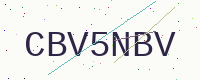
Text: CBV5NBV